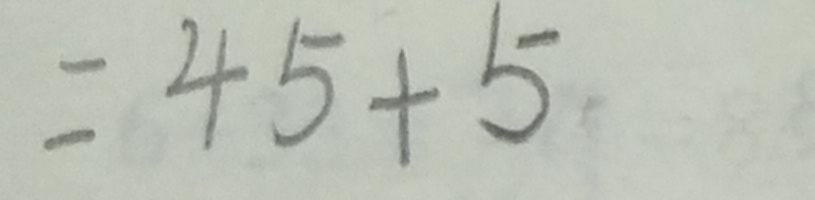
= 4 5 + 5